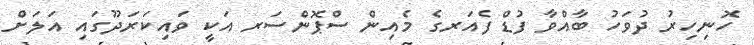
ހޮނިހިރު ދުވަހު ބާއްވާ ފުޑް ފެއަރގެ މެއިން ސްޕޮންސަރ އަކީ ވައިކަަރަދޫގައި އަލަށް